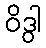
ဝိဒွါ